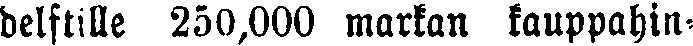
delstille 250,000 markan kauppahin-